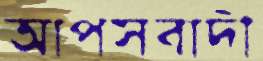
আপসবাদী